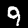
Label: 9